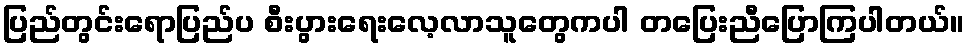
ပြည်တွင်းရောပြည်ပ စီးပွားရေးလေ့လာသူတွေကပါ တပြေးညီပြောကြပါတယ်။